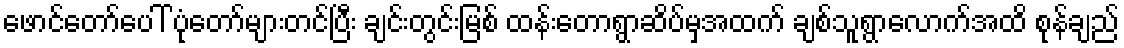
ဖောင်တော်ပေါ် ပုံတော်များတင်ပြီး ချင်းတွင်းမြစ် ထန်းတောရွာဆိပ်မှအထက် ချစ်သူရွာလောက်အထိ စုန်ချည်